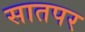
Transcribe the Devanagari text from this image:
सातपर